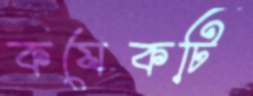
কযেকটি